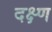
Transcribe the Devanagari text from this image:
दक्ष्ण